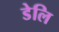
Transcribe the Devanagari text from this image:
डेलि